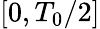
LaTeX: \left[0,T_{0}/2\right]